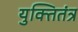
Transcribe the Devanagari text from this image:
युक्तितंत्र